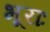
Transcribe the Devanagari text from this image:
भूराः